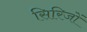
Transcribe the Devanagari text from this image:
सिरिजों